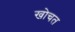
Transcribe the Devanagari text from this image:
खोचत